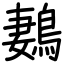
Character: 鶈